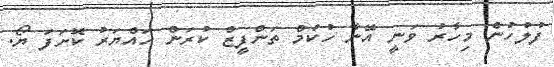
ފުލުހުން މިހާރު ވަނީ އޭނާ ހުކުމް ތަންފީޒް ކުރަން ހައްޔަރު ކޮށަފަ ޔޯ.